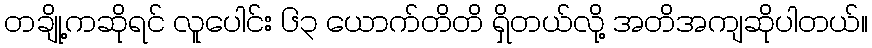
တချို့ကဆိုရင် လူပေါင်း ၆၃ ယောက်တိတိ ရှိတယ်လို့ အတိအကျဆိုပါတယ်။